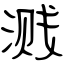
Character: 溅